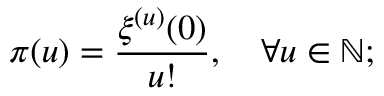
\pi ( u ) = \frac { \xi ^ { ( u ) } ( 0 ) } { u ! } , \quad \forall u \in \mathbb { N } ;